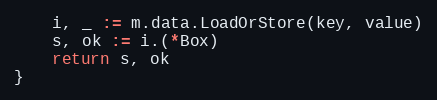
Language: Go
	i, _ := m.data.LoadOrStore(key, value)
	s, ok := i.(*Box)
	return s, ok
}